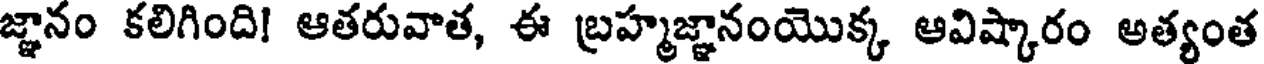
జ్ఞానం కలిగింది! ఆతరువాత, ఈ బ్రహ్మజ్ఞానంయొక్క ఆవిష్కారం అత్యంత